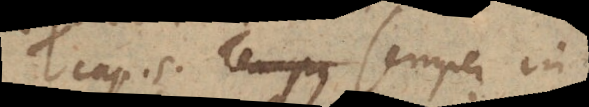
cap. 5. Semper in